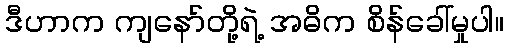
ဒီဟာက ကျနော်တို့ရဲ့ အဓိက စိန်ခေါ်မှုပါ။